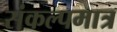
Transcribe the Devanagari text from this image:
संकल्पमात्र